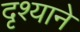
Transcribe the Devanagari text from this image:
दृश्याने